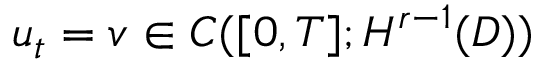
u _ { t } = v \in C ( [ 0 , T ] ; H ^ { r - 1 } ( D ) )